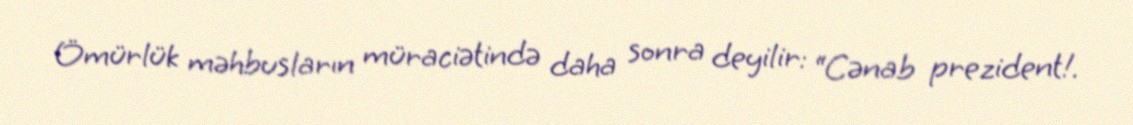
Ömürlük məhbusların müraciətində daha sonra deyilir: “Cənab prezident!.